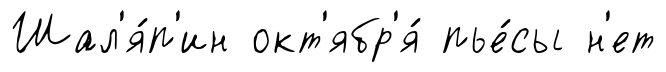
Шал'я́п'ин окт'ябр'я́ пье́сы н'ет